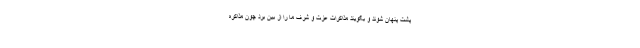
پشت پنهان شوند و بگویند مذاکرات عزت و شرف ما را از بین برد چون مذاکره